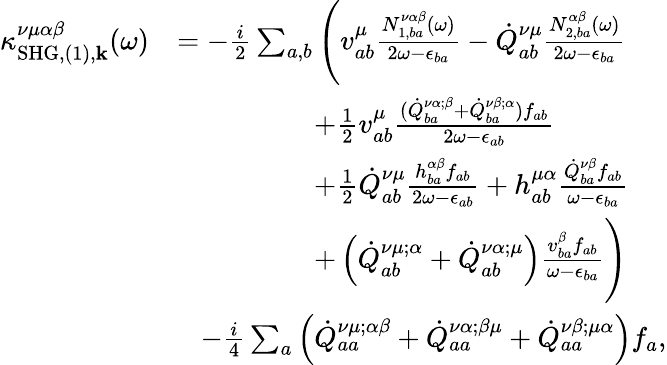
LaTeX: \begin{array}{rl}{\kappa_{\mathrm{SHG},(1),\mathbf{k}}^{\nu\mu\alpha\beta}(\omega)}&{=-\frac{i}{2}\sum_{a,b}\Bigg(v_{ab}^{\mu}\frac{N_{1,ba}^{\nu\alpha\beta}(\omega)}{2\omega-\epsilon_{ba}}-\dot{Q}_{ab}^{\nu\mu}\frac{N_{2,ba}^{\alpha\beta}(\omega)}{2\omega-\epsilon_{ba}}}\\ &{\, \, \, \, \, \, \, \, \, \, \, \, \, \, \, \, \, \, \, \, \, \, \, \, \, \, \, \, \, +\frac{1}{2}v_{ab}^{\mu}\frac{(\dot{Q}_{ba}^{\nu\alpha;\beta}+\dot{Q}_{ba}^{\nu\beta;\alpha})f_{ab}}{2\omega-\epsilon_{ab}}}\\ &{\, \, \, \, \, \, \, \, \, \, \, \, \, \, \, \, \, \, \, \, \, \, \, \, \, \, \, \, \, +\frac{1}{2}\dot{Q}_{ab}^{\nu\mu}\frac{h_{ba}^{\alpha\beta}f_{ab}}{2\omega-\epsilon_{ab}}+h_{ab}^{\mu\alpha}\frac{\dot{Q}_{ba}^{\nu\beta}f_{ab}}{\omega-\epsilon_{ba}}}\\ &{\, \, \, \, \, \, \, \, \, \, \, \, \, \, \, \, \, \, \, \, \, \, \, \, \, \, \, \, \, +\left(\dot{Q}_{ab}^{\nu\mu;\alpha}+\dot{Q}_{ab}^{\nu\alpha;\mu}\right)\frac{v_{ba}^{\beta}f_{ab}}{\omega-\epsilon_{ba}}\Bigg)}\\ &{\, \, \, \, \, -\frac{i}{4}\sum_{a}\left(\dot{Q}_{aa}^{\nu\mu;\alpha\beta}+\dot{Q}_{aa}^{\nu\alpha;\beta\mu}+\dot{Q}_{aa}^{\nu\beta;\mu\alpha}\right)f_{a}\mathrm{,}}\end{array}